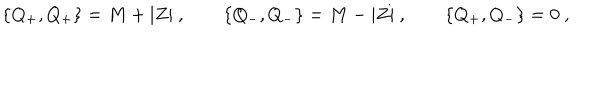
LaTeX: \{ Q _ { + } , Q _ { + } \} = M + | Z | \ , \qquad \{ Q _ { - } , Q _ { - } \} = M - | Z | \ , \qquad \{ Q _ { + } , Q _ { - } \} = 0 \ ,